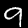
Label: 9